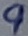
Text: 9